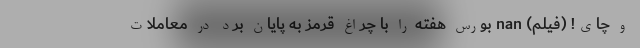
و چای! (فیلم) nan بورس هفته را با چراغ قرمز به پایان برد در معاملات